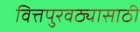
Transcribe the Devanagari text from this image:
वित्तपुरवठ्यासाठी